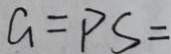
G = P S =